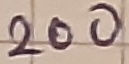
Text: 200